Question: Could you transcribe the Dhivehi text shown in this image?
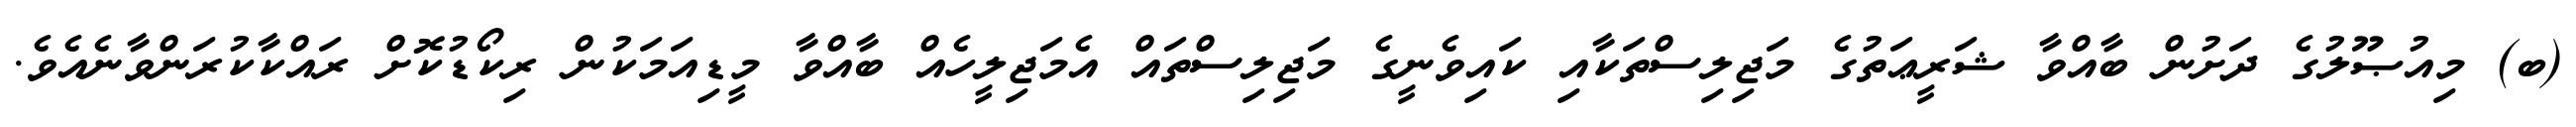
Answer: (ބ) މިއުޞޫލުގެ ދަށުން ބާއްވާ ޝަރީޢަތުގެ މަޖިލިސްތަކާއި ކައިވެނީގެ މަޖިލިސްތައް އެމަޖިލީހެއް ބާއްވާ މީޑިއަމަކުން ރިކޯޑުކޮށް ރައްކާކުރަންވާނެއެވެ.